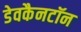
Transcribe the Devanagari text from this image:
डेवकैनटॉन